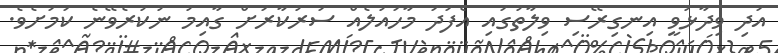
އަދި ވިދާޅުވީ އިނގިރޭސި ވިލާތުގައި އެފަދަ މާހައުލެއް ސަރުކާރަށް ގާއިމު ނުކުރެވޭނެ ކަމަށެވެ.